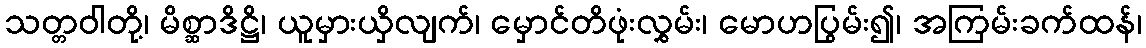
သတ္တဝါတို့၊ မိစ္ဆာဒိဋ္ဌိ၊ ယူမှားယှိလျက်၊ မှောင်တိဖုံးလွှမ်း၊ မောဟပြွမ်း၍၊ အကြမ်းခက်ထန်၊